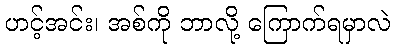
ဟင့်အင်း၊ အစ်ကို ဘာလို့ ကြောက်ရမှာလဲ